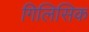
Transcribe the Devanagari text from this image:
गिलिसिक